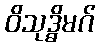
ဝိသုဒ္ဓိမဂ်